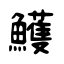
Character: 鱯